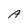
Character: A